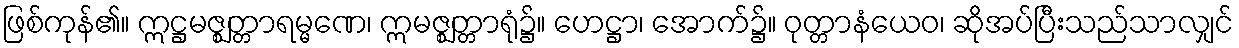
ဖြစ်ကုန်၏။ ဣဋ္ဌမဇ္ဈတ္တာရမ္မဏေ၊ ဣမဇ္ဈတ္တာရုံ၌။ ဟေဋ္ဌာ၊ အောက်၌။ ဝုတ္တာနံယေဝ၊ ဆိုအပ်ပြီးသည်သာလျှင်